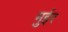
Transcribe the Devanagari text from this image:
मुईर